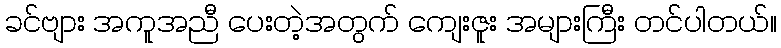
ခင်ဗျား အကူအညီ ပေးတဲ့အတွက် ကျေးဇူး အများကြီး တင်ပါတယ်။